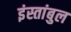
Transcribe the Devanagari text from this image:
इंस्तांबुल